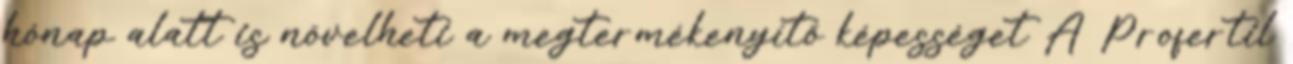
hónap alatt is növelheti a megtermékenyítő képességet A Profertil